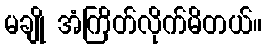
မချို အံကြိတ်လိုက်မိတယ်။